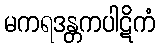
မကရဒန္တကပါဋိကံ